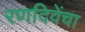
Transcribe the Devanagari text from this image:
रणदिवेंचा